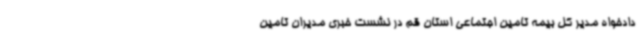
دادخواه مدیر کل بیمه تامین اجتماعی استان قم در نشست خبری مدیران تامین